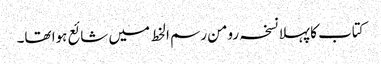
کتاب کا پہلا نسخہ رومن رسم الخط میں شائع ہوا تھا۔